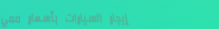
إيجار السيارات بأسعار ممي